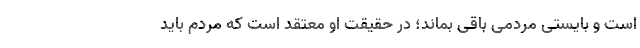
است و بایستی مردمی باقی بماند؛ در حقیقت او معتقد است که مردم باید